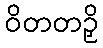
ဝိတတဉှိ